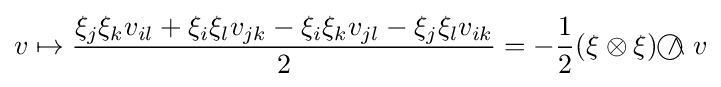
v\mapsto {\frac {\xi _{j}\xi _{k}v_{il}+\xi _{i}\xi _{l}v_{jk}-\xi _{i}\xi _{k}v_{jl}-\xi _{j}\xi _{l}v_{ik}}{2}}=-{\frac {1}{2}}(\xi \otimes \xi ){~\wedge \!\!\!\!\!\!\!\!\;\bigcirc ~}v